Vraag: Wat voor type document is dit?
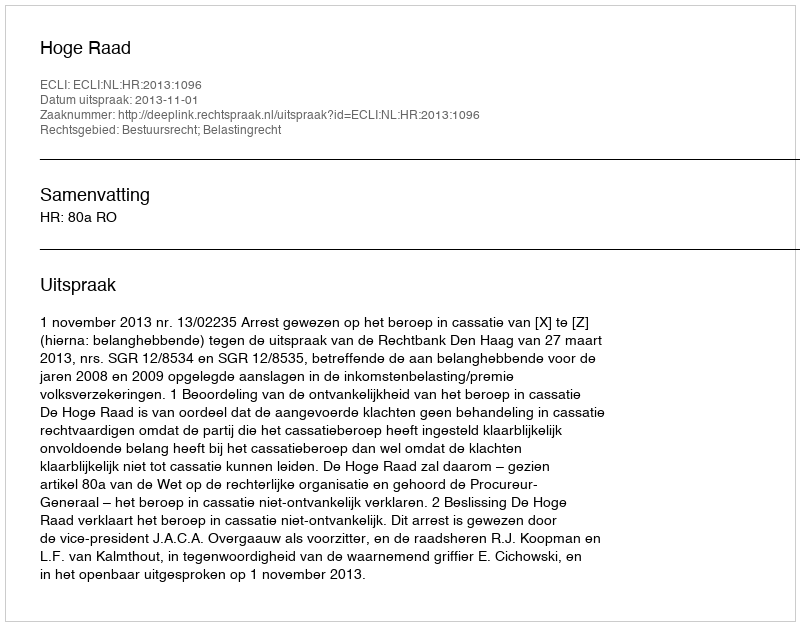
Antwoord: Uitspraak